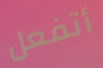
أتفعل